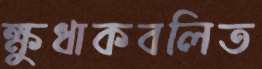
ক্ষুধাকবলিত